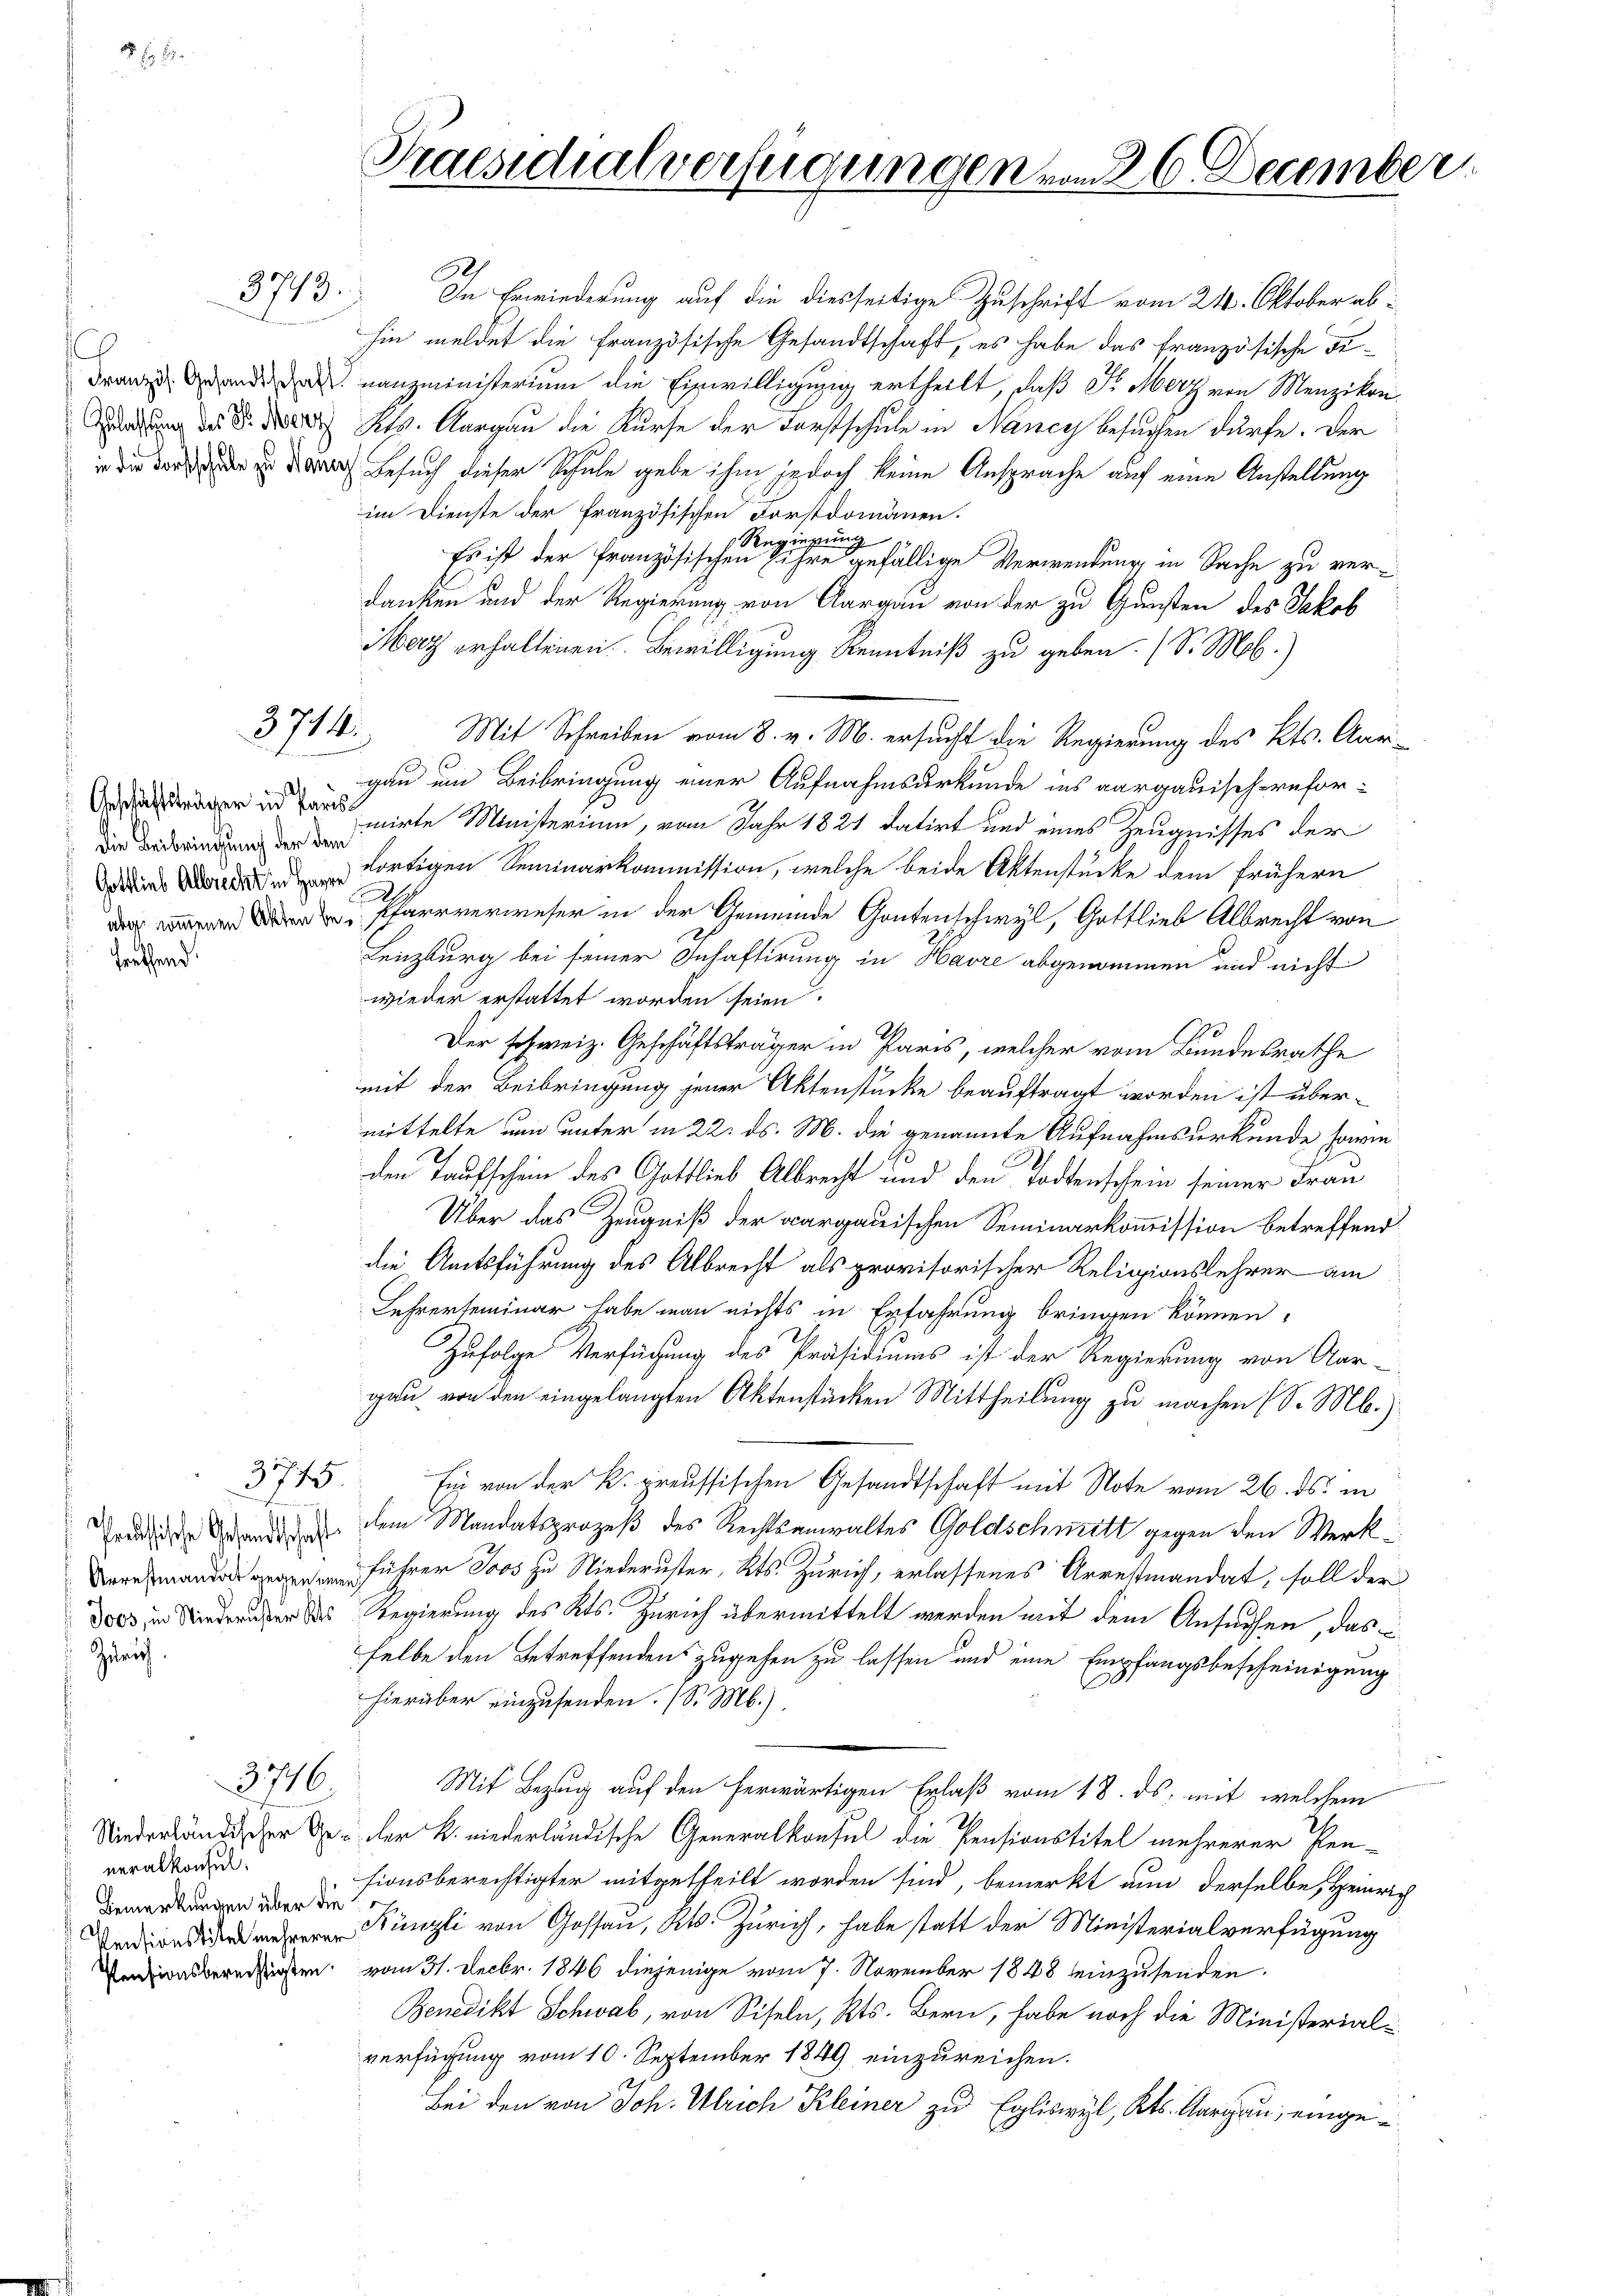
Treffend.

Zürich.

3713.

3744.

die Beibringung der dem

3715.

neralkonsen.
Bemerkungen über die

Praesidialverfügungen vom 26. December

2
In Erwiederung auf die diesseitige Zuschrift vom 21. Oktober abhin meldet die Französische Gesandtschaft, es habe das französische Fidranz ande nanzministerium die Einwilligung ertheilt, daß Sr. Merz von Menzikon
Adauung des S. des Kts. Aargau die Kurse der Forstschule in Nancy besuchen dürfe. Der
 dir das die Er danach Besuch dieser Schule gebe ihm jedoch keine Ansprache auf eine Anstellung
im Dienste der französischen Forstdomänen.
Regierung
Es ist der französischen ihre gefällige Verwendung in Sache zu verdanken und der Regierung von Aargau von der zu Gunsten des Jakob
Merz erhaltenen Bewilligung Kenntniß zu geben. (S. Mob.)
Mit Schreiben vom 8. v. M. ersucht die Regierung des Kts. Aar-
gau um Beibringung einer Aufnahmsurkunde ins aargauisch-reforanirte Ministerium, vom Jahr 1821 datirt und eines Zeugnisses der
i e dortigen Seminarkommission, welche beide Aktenstücke dem frühern
.
 Pfarrverweser in der Gemeinde Gontenschwyl, Gottlieb Albrecht von
Lenzburg bei seiner Inhaftirung in Havre abgenommen und nicht
wieder erstattet worden seien.
7
Der schweiz. Geschäftsträger in Paris, welcher vom Bundesrathe
mit der Beibringung jener Aktenstücke beauftragt worden ist übermittelte nun unter in 22. ds. M. die genannte Aufnahmsurkunde horin
den Taufschein des Gottlieb Albrecht und den Todtenschein seiner Frau
Über das Zeugniß der aargauischen Seminarkommission betreffend
die Amtsführung des Albrecht als provisorischer Religionslehrer am
Lehrerseminar habe man nichts in Erfahrung bringen können,
Zufolge Verfügung des Präsidiums ist der Regierung von Aar-
gau von den eingelangten Aktenstücken Mittheilung zu machen (S. M.)
Ein von der K. preussischen Gesandtschaft mit Note vom 26. ds. in
Treuen Grunde an dem Mandatsprozeß des Rechtsanwaltes Goldschmitt gegen den Werkführer Joos zu Niederuster, Kts. Zürich, erlassenes Arrestmandat, soll der
doos in Niederüber das Regierung des Kts. Zürich übermittelt werden mit dem Ansuchen, das
selbe den Betreffendens zugehen zu lassen und eine Empfangsbescheinigung
hierüber einzusenden. (S. M.).
37716. Mit Bezug auf den herwärtigen Erlaß vom 18. ds. mit welchem
eränder der k. niederländische Generalkonsul die Pensionstitel mehrerer Pen-
sionsberechtigter mitgetheilt worden sind, bemerkt nun derselbe, Heinrich
Künzli von Gossau, Kt. Zürich, habe statt der Ministerialverfügung
Pensionsberessen vom 31. Decbr. 1846 diejenige vom 7. November 1848 einzusenden.
Benedikt Schwab, von Siseln, Kts. Bern, habe noch die Ministerialverfügung vom 10. September 1849 einzureichen.
Bei den von Joh. Ulrich Kleiner zu Egliswyl, Kts. Aargau, einge¬